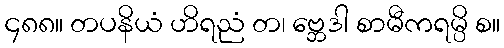
၄၈၈။ တပနိယံ ဟိရညံ တ၊ ဗ္ဘေဒါ စာမီကရမ္ပိ စ။